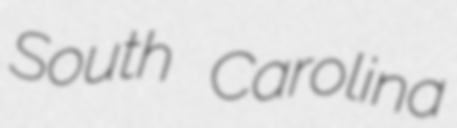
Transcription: South Carolina